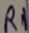
Text: R1